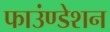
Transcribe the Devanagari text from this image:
फाउंण्डेशन